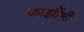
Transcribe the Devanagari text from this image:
काझींनी